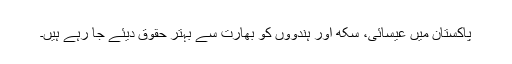
پاکستان میں عیسائی، سکھ اور ہندووں کو بھارت سے بہتر حقوق دیئے جا رہے ہیں۔